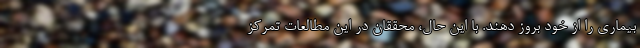
بیماری را از خود بروز دهند. با این حال، محققان در این مطالعات تمرکز